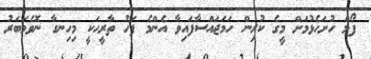
ފޯމް ހުށަހެޅުމަށް މީގެ ކުރިން ހަމަޖައްސާފައިވާ އެންމެ ފަހު ތާރީހަކީ މިހިނގާ ނޮވެމަބަރު